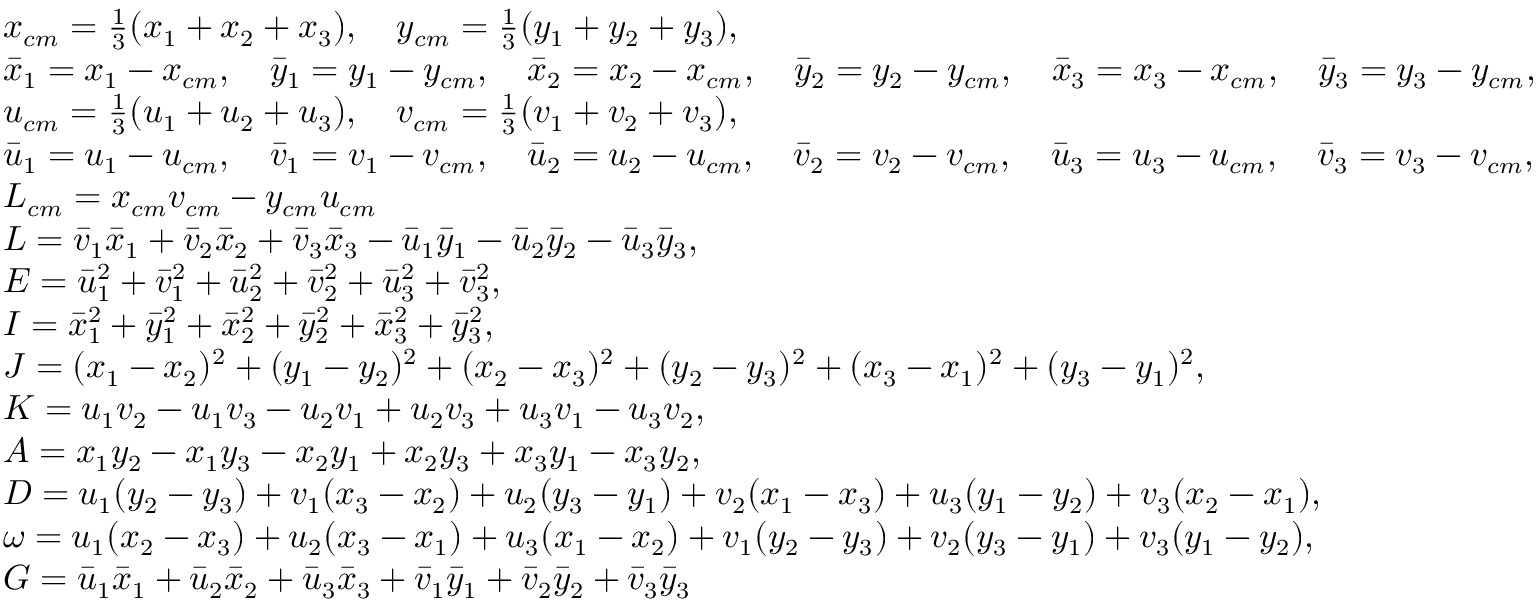
\small \begin{array} { r l } & { x _ { c m } = \frac { 1 } { 3 } ( x _ { 1 } + x _ { 2 } + x _ { 3 } ) , \quad y _ { c m } = \frac { 1 } { 3 } ( y _ { 1 } + y _ { 2 } + y _ { 3 } ) , } \\ & { \Bar { x } _ { 1 } = x _ { 1 } - x _ { c m } , \quad \Bar { y } _ { 1 } = y _ { 1 } - y _ { c m } , \quad \Bar { x } _ { 2 } = x _ { 2 } - x _ { c m } , \quad \Bar { y } _ { 2 } = y _ { 2 } - y _ { c m } , \quad \Bar { x } _ { 3 } = x _ { 3 } - x _ { c m } , \quad \Bar { y } _ { 3 } = y _ { 3 } - y _ { c m } , } \\ & { u _ { c m } = \frac { 1 } { 3 } ( u _ { 1 } + u _ { 2 } + u _ { 3 } ) , \quad v _ { c m } = \frac { 1 } { 3 } ( v _ { 1 } + v _ { 2 } + v _ { 3 } ) , } \\ & { \Bar { u } _ { 1 } = u _ { 1 } - u _ { c m } , \quad \Bar { v } _ { 1 } = v _ { 1 } - v _ { c m } , \quad \Bar { u } _ { 2 } = u _ { 2 } - u _ { c m } , \quad \Bar { v } _ { 2 } = v _ { 2 } - v _ { c m } , \quad \Bar { u } _ { 3 } = u _ { 3 } - u _ { c m } , \quad \Bar { v } _ { 3 } = v _ { 3 } - v _ { c m } , } \\ & { L _ { c m } = x _ { c m } v _ { c m } - y _ { c m } u _ { c m } } \\ & { L = \Bar { v } _ { 1 } \Bar { x } _ { 1 } + \Bar { v } _ { 2 } \Bar { x } _ { 2 } + \Bar { v } _ { 3 } \Bar { x } _ { 3 } - \Bar { u } _ { 1 } \Bar { y } _ { 1 } - \Bar { u } _ { 2 } \Bar { y } _ { 2 } - \Bar { u } _ { 3 } \Bar { y } _ { 3 } , } \\ & { E = \Bar { u } _ { 1 } ^ { 2 } + \Bar { v } _ { 1 } ^ { 2 } + \Bar { u } _ { 2 } ^ { 2 } + \Bar { v } _ { 2 } ^ { 2 } + \Bar { u } _ { 3 } ^ { 2 } + \Bar { v } _ { 3 } ^ { 2 } , } \\ & { I = \Bar { x } _ { 1 } ^ { 2 } + \Bar { y } _ { 1 } ^ { 2 } + \Bar { x } _ { 2 } ^ { 2 } + \Bar { y } _ { 2 } ^ { 2 } + \Bar { x } _ { 3 } ^ { 2 } + \Bar { y } _ { 3 } ^ { 2 } , } \\ & { J = ( x _ { 1 } - x _ { 2 } ) ^ { 2 } + ( y _ { 1 } - y _ { 2 } ) ^ { 2 } + ( x _ { 2 } - x _ { 3 } ) ^ { 2 } + ( y _ { 2 } - y _ { 3 } ) ^ { 2 } + ( x _ { 3 } - x _ { 1 } ) ^ { 2 } + ( y _ { 3 } - y _ { 1 } ) ^ { 2 } , } \\ & { K = u _ { 1 } v _ { 2 } - u _ { 1 } v _ { 3 } - u _ { 2 } v _ { 1 } + u _ { 2 } v _ { 3 } + u _ { 3 } v _ { 1 } - u _ { 3 } v _ { 2 } , } \\ & { A = x _ { 1 } y _ { 2 } - x _ { 1 } y _ { 3 } - x _ { 2 } y _ { 1 } + x _ { 2 } y _ { 3 } + x _ { 3 } y _ { 1 } - x _ { 3 } y _ { 2 } , } \\ & { D = u _ { 1 } ( y _ { 2 } - y _ { 3 } ) + v _ { 1 } ( x _ { 3 } - x _ { 2 } ) + u _ { 2 } ( y _ { 3 } - y _ { 1 } ) + v _ { 2 } ( x _ { 1 } - x _ { 3 } ) + u _ { 3 } ( y _ { 1 } - y _ { 2 } ) + v _ { 3 } ( x _ { 2 } - x _ { 1 } ) , } \\ & { \omega = u _ { 1 } ( x _ { 2 } - x _ { 3 } ) + u _ { 2 } ( x _ { 3 } - x _ { 1 } ) + u _ { 3 } ( x _ { 1 } - x _ { 2 } ) + v _ { 1 } ( y _ { 2 } - y _ { 3 } ) + v _ { 2 } ( y _ { 3 } - y _ { 1 } ) + v _ { 3 } ( y _ { 1 } - y _ { 2 } ) , } \\ & { G = \Bar { u } _ { 1 } \Bar { x } _ { 1 } + \Bar { u } _ { 2 } \Bar { x } _ { 2 } + \Bar { u } _ { 3 } \Bar { x } _ { 3 } + \Bar { v } _ { 1 } \Bar { y } _ { 1 } + \Bar { v } _ { 2 } \Bar { y } _ { 2 } + \Bar { v } _ { 3 } \Bar { y } _ { 3 } } \end{array}